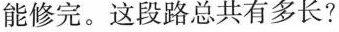
能修完。这段路总共有多长?